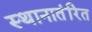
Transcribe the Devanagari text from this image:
स्थानातंरित